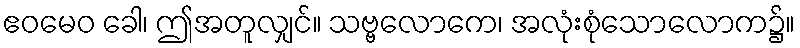
ဧဝမေဝ ခေါ၊ ဤအတူလျှင်။ သဗ္ဗလောကေ၊ အလုံးစုံသောလောက၌။